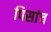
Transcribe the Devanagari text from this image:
पिसांच